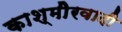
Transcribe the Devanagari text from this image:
काश्‍मीेरवादी